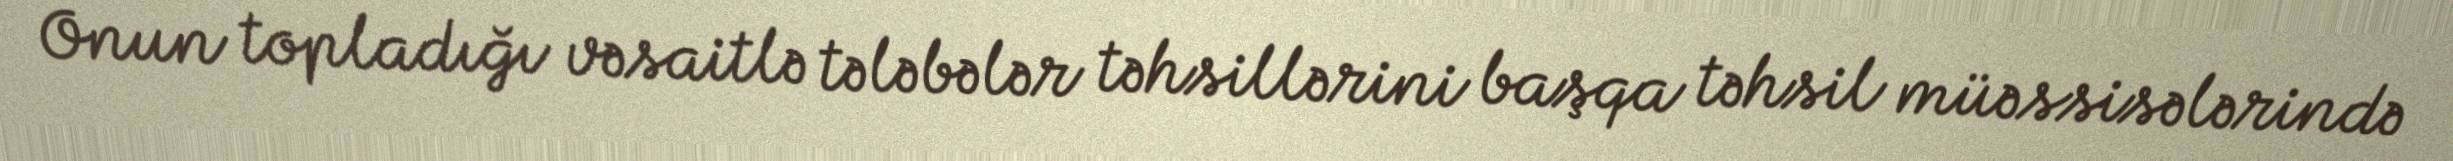
Onun topladığı vəsaitlə tələbələr təhsillərini başqa təhsil müəssisələrində